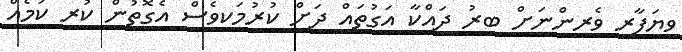
ވިޔަފާރި ވެރިންނަށް ބިރު ދައްކާ އަގުތައް ދަށް ކުރުމަކީވެސް އެގޮތުން ކުރި ކަމެއް